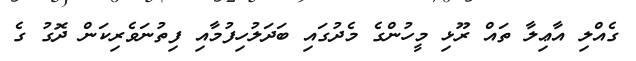
ގެއްލި އާޢިލާ ތައް ރޫޅި މީހުންގެ މެދުގައި ބަދަލުހިފުމާއި ފިތުނަވެރިކަން ދޮގު ގެ